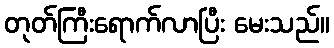
တုတ်ကြီးရောက်လာပြီး မေးသည်။